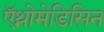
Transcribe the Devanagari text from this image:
ऍथ्नोमेडिसिन